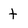
Character: t